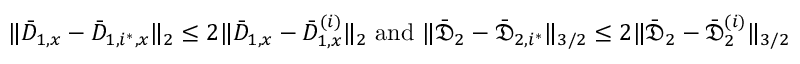
\| \bar { D } _ { 1 , x } - \bar { D } _ { 1 , i ^ { * } , x } \| _ { 2 } \leq 2 \| \bar { D } _ { 1 , x } - \bar { D } _ { 1 , x } ^ { ( i ) } \| _ { 2 } \mathrm { ~ a n d ~ } \| \bar { \mathfrak { D } } _ { 2 } - \bar { \mathfrak { D } } _ { 2 , i ^ { * } } \| _ { 3 / 2 } \leq 2 \| \bar { \mathfrak { D } } _ { 2 } - \bar { \mathfrak { D } } _ { 2 } ^ { ( i ) } \| _ { 3 / 2 }